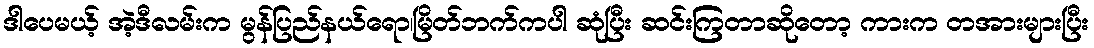
ဒါပေမယ့် အဲ့ဒီလမ်းက မွန်ပြည်နယ်ရော၊မြိတ်ဘက်ကပါ ဆုံပြီး ဆင်းကြတာဆိုတော့ ကားက တအားများပြီး